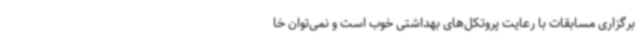
برگزاری مسابقات با رعایت پروتکل‌های بهداشتی خوب است و نمی‌توان خا